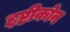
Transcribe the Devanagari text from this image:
द्दष्टीकोन